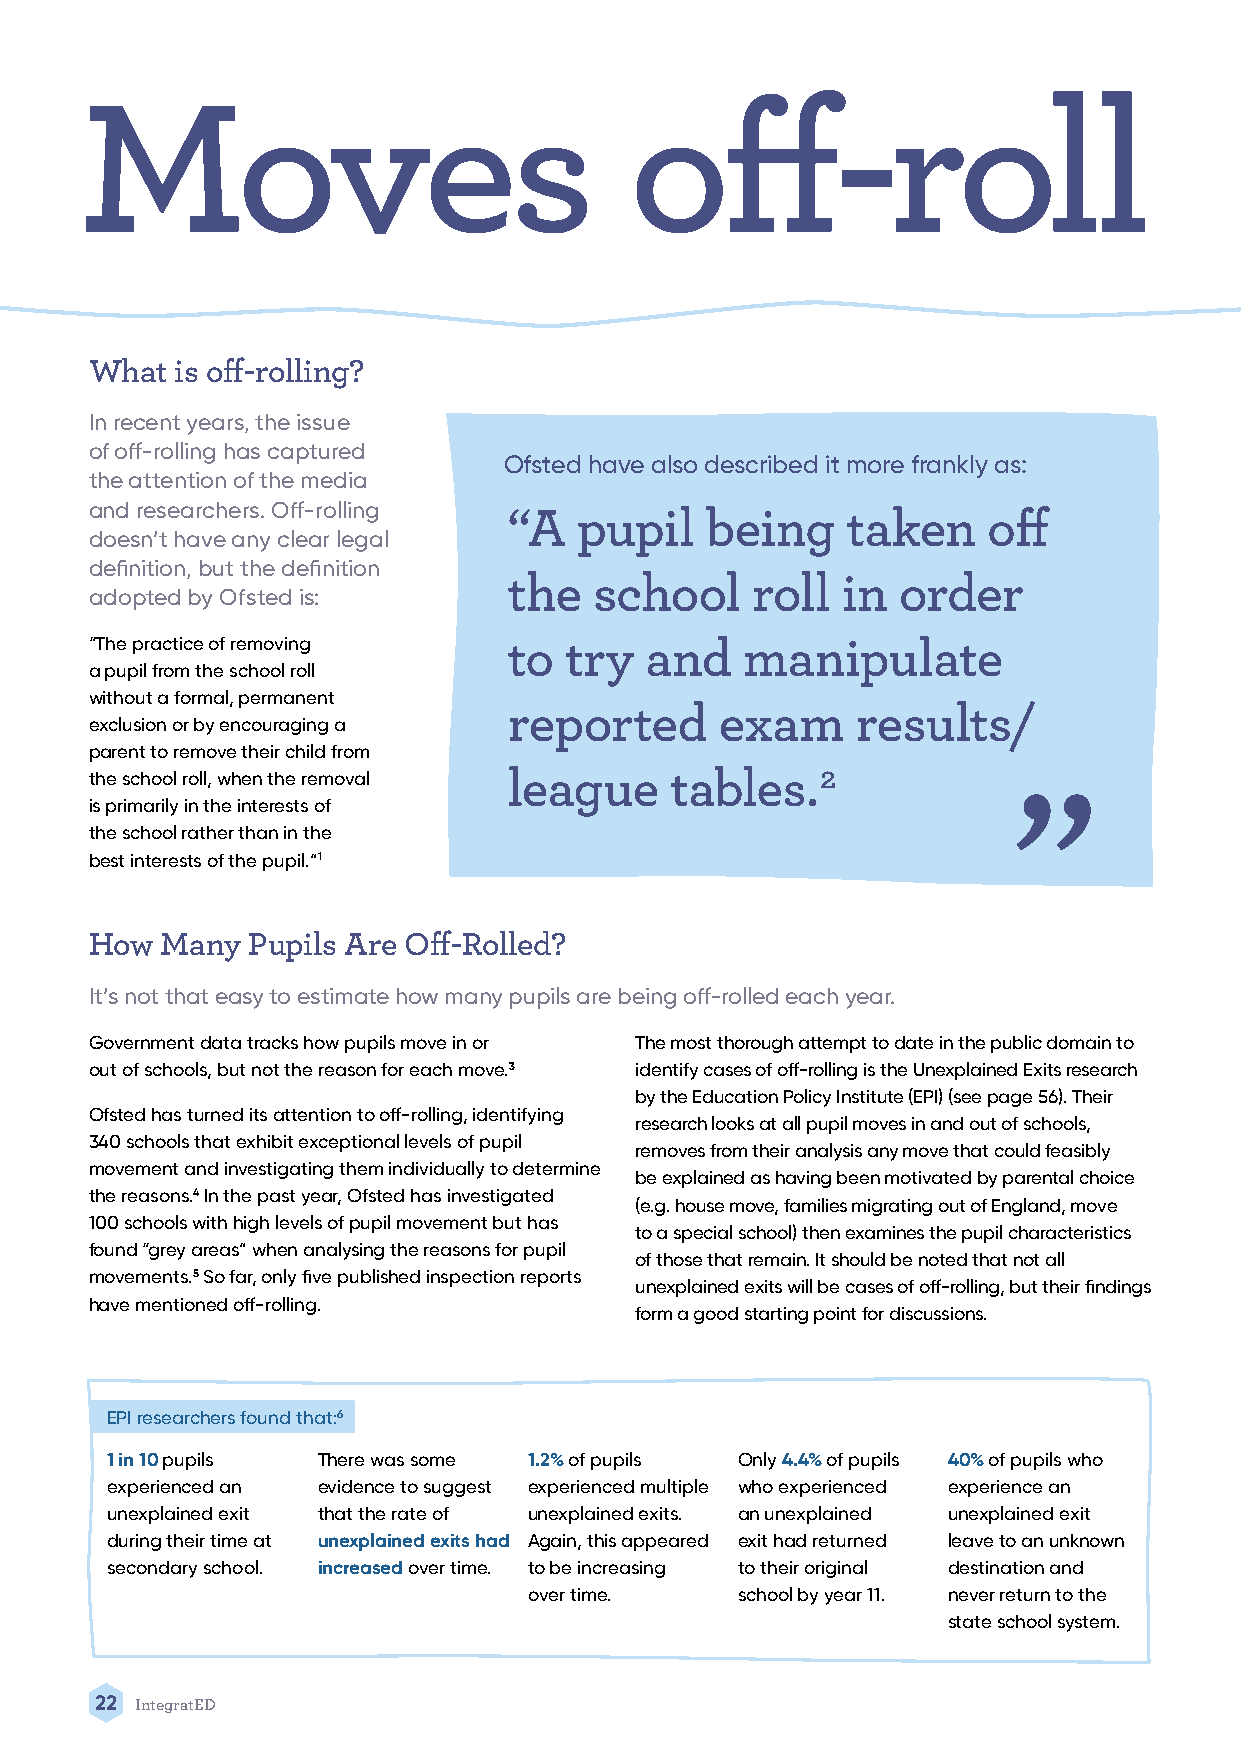
Moves                                off-roll
 What  is off-rolling?
 In recent years, the issue
 of off-rolling has captured
 Ofsted have also described it more frankly as:
 the attention of the media
 and researchers. Off-rolling
 “A  pupil    being    taken    off
 doesn’t have any clear legal
 definition, but the definition
 the  school     roll  in order
 adopted by Ofsted is:
 “The practice of removing   to try   and   manipulate
 a pupil from the school roll                                 “
 without a formal, permanent
 reported      exam     results/
 exclusion or by encouraging a
 parent to remove their child from
 the school roll, when the removal league tables.2
 is primarily in the interests of
 the school rather than in the
 best interests of the pupil.”1
 How  Many Pupils Are Off-Rolled?
 It’s not that easy to estimate how many pupils are being off-rolled each year.
 Government data tracks how pupils move in or The most thorough attempt to date in the public domain to
 out of schools, but not the reason for each move.3 identify cases of off-rolling is the Unexplained Exits research
 by the Education Policy Institute (EPI) (see page 56). Their
 Ofsted has turned its attention to off-rolling, identifying
 research looks at all pupil moves in and out of schools,
 340 schools that exhibit exceptional levels of pupil
 removes from their analysis any move that could feasibly
 movement and investigating them individually to determine
 be explained as having been motivated by parental choice
 the reasons.4 In the past year, Ofsted has investigated
 (e.g. house move, families migrating out of England, move
 100 schools with high levels of pupil movement but has
 to a special school) then examines the pupil characteristics
 found “grey areas” when analysing the reasons for pupil
 of those that remain. It should be noted that not all
 movements.5 So far, only five published inspection reports
 unexplained exits will be cases of off-rolling, but their findings
 have mentioned off-rolling.
 form a good starting point for discussions.
 EPI researchers found that:6
 1 in 10 pupils There was some 1.2% of pupils Only 4.4% of pupils 40% of pupils who
 experienced an evidence to suggest experienced multiple who experienced experience an
 unexplained exit that the rate of unexplained exits. an unexplained unexplained exit
 during their time at unexplained exits had Again, this appeared exit had returned leave to an unknown
 secondary school. increased over time. to be increasing to their original destination and
 over time.    school by year 11. never return to the
 state school system.
 22 IntegratED